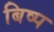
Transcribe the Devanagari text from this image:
बिष्प